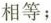
相等；